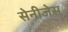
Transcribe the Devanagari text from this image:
सेनीजेस